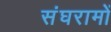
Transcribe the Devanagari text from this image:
संघरामों